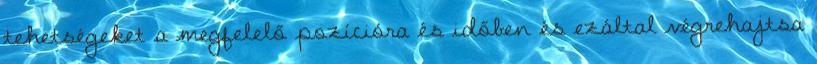
tehetségeket a megfelelő pozícióra és időben és ezáltal végrehajtsa